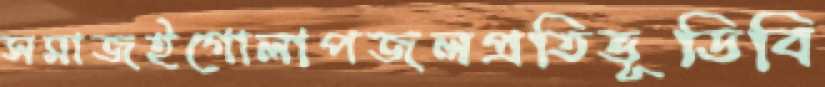
সমাজইগোলাপজলপ্রতিভূডিবি